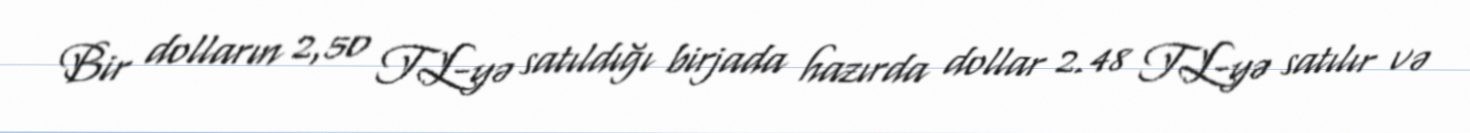
Bir dolların 2,50 TL-yə satıldığı birjada hazırda dollar 2.48 TL-yə satılır və